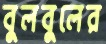
বুলবুলের